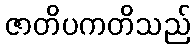
ဇာတိပကတိသည်